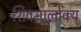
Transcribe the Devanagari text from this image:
शिवमालोक्य